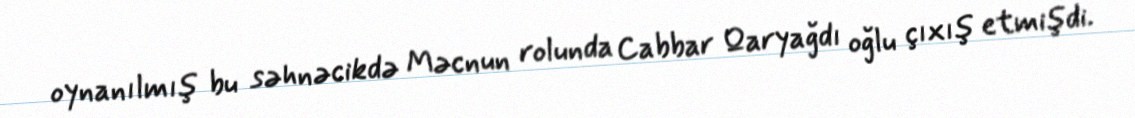
oynanılmış bu səhnəcikdə Məcnun rolunda Cabbar Qaryağdı oğlu çıxış etmişdi.